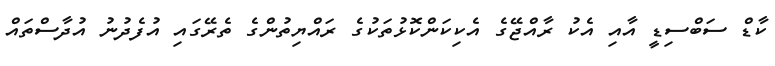
ކާޑް ސަބްސިޑީ އާއި އެކު ރާއްޖޭގެ އެކިކަންކޮޅުތަކުގެ ރައްޔިތުންގެ ތެރޭގައި އުފެދުނު އުދާސްތައް